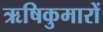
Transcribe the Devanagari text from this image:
ऋषिकुमारों